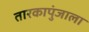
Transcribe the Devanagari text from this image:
तारकापुंजाला